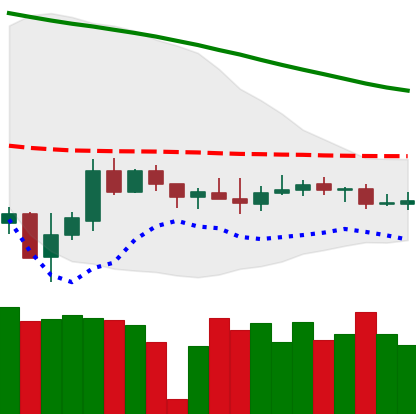
Ticker: XMR-USD
Chart end date: 2019-12-12
Forward return: -15.688%
Label: down_7plus